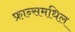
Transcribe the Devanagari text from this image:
फ्रान्समधिल